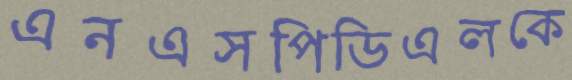
এনএসপিডিএলকে